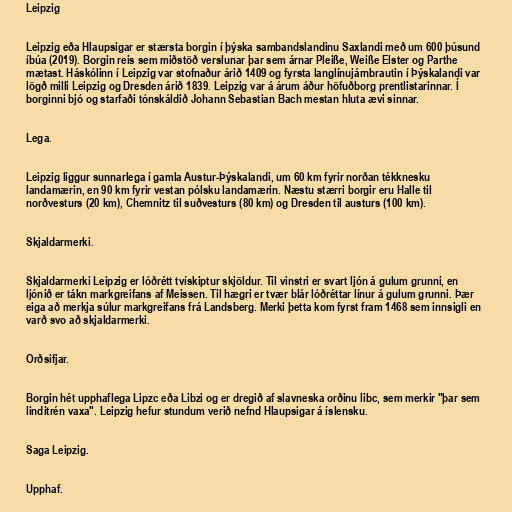
Leipzig

Leipzig eða Hlaupsigar er stærsta borgin í þýska sambandslandinu Saxlandi með um 600 þúsund
íbúa (2019). Borgin reis sem miðstöð verslunar þar sem árnar Pleiße, Weiße Elster og Parthe
mætast. Háskólinn í Leipzig var stofnaður árið 1409 og fyrsta langlínujárnbrautin í Þýskalandi var
lögð milli Leipzig og Dresden árið 1839. Leipzig var á árum áður höfuðborg prentlistarinnar. Í
borginni bjó og starfaði tónskáldið Johann Sebastian Bach mestan hluta ævi sinnar.

Lega.

Leipzig liggur sunnarlega í gamla Austur-Þýskalandi, um 60 km fyrir norðan tékknesku
landamærin, en 90 km fyrir vestan pólsku landamærin. Næstu stærri borgir eru Halle til
norðvesturs (20 km), Chemnitz til suðvesturs (80 km) og Dresden til austurs (100 km).

Skjaldarmerki.

Skjaldarmerki Leipzig er lóðrétt tvískiptur skjöldur. Til vinstri er svart ljón á gulum grunni, en
ljónið er tákn markgreifans af Meissen. Til hægri er tvær blár lóðréttar línur á gulum grunni. Þær
eiga að merkja súlur markgreifans frá Landsberg. Merki þetta kom fyrst fram 1468 sem innsigli en
varð svo að skjaldarmerki.

Orðsifjar.

Borgin hét upphaflega Lipzc eða Libzi og er dregið af slavneska orðinu libc, sem merkir "þar sem
linditrén vaxa". Leipzig hefur stundum verið nefnd Hlaupsigar á íslensku.

Saga Leipzig.

Upphaf.